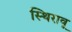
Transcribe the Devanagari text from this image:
स्थिरावू